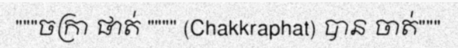
"""ចក្រា ផាត់ """" (Chakkraphat) បាន ចាត់"""